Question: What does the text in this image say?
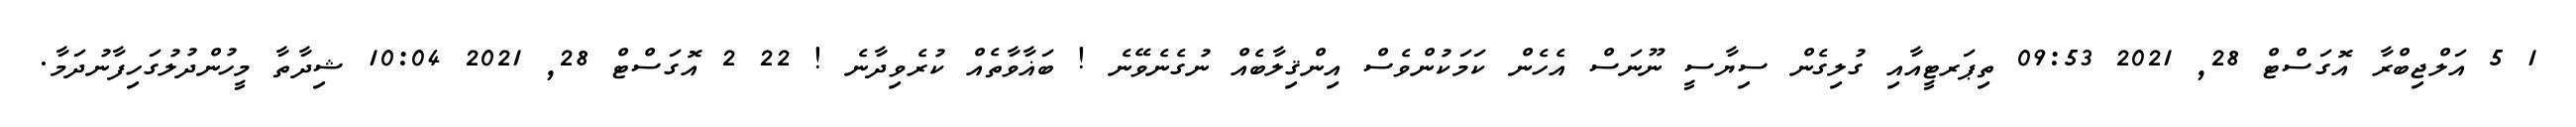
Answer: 1 5 އަލްޖިބްރާ އޮގަސްޓް 28, 2021 09:53 ތިޕަރޓީއާއި ގުލިގެން ސިޔާސީ ނޫނަސް އެހެން ކަމަކުންވެސް އިންޤިލާބެއް ނުގެނެވޭނެ ! ބަޣާވާތެއް ކުރެވިދާނެ ! 22 2 އޮގަސްޓް 28, 2021 10:04 ޝިދާތާ މީހުންދުލުގަހިފާނުދަމާ.